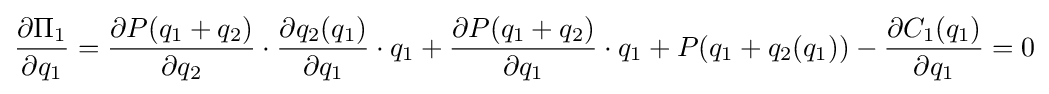
{\frac {\partial \Pi _{1}}{\partial q_{1}}}={\frac {\partial P(q_{1}+q_{2})}{\partial q_{2}}}\cdot {\frac {\partial q_{2}(q_{1})}{\partial q_{1}}}\cdot q_{1}+{\frac {\partial P(q_{1}+q_{2})}{\partial q_{1}}}\cdot q_{1}+P(q_{1}+q_{2}(q_{1}))-{\frac {\partial C_{1}(q_{1})}{\partial q_{1}}}=0